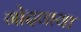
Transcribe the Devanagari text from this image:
गोदवाया